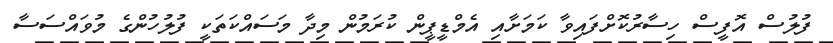
ފުލުސް އޮފީސް ހިސާރުކޮށްފައިވާ ކަމަށާއި އެމްޑީޕީން ކުރަމުން މިދާ މަސައްކަތަކީ ފުލުހުންގެ މުވައްސަސާ